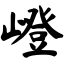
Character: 嶝